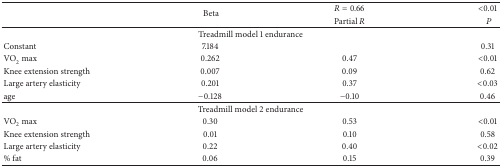
<table><thead><tr><td><b> </b></td><td rowspan="2"><b> Beta</b></td><td><b><i>R</i> = 0.66</b></td><td><b>&lt;0.01</b></td></tr><tr><td><b> </b></td><td><b> Partial <i>R</i></b></td><td><b><i>P</i></b></td></tr></thead><tbody><tr><td colspan="4">Treadmill model 1 endurance</td></tr><tr><td>Constant</td><td> 7.184</td><td> </td><td> 0.31</td></tr><tr><td>VO<sub>2</sub> max</td><td> 0.262</td><td> 0.47</td><td> &lt;0.01</td></tr><tr><td>Knee extension strength</td><td> 0.007</td><td> 0.09</td><td> 0.62</td></tr><tr><td>Large artery elasticity</td><td> 0.201</td><td> 0.37</td><td> &lt;0.03</td></tr><tr><td>age</td><td> −0.128 </td><td> −0.10</td><td> 0.46</td></tr><tr><td colspan="4">Treadmill model 2 endurance</td></tr><tr><td>VO<sub>2</sub> max</td><td> 0.30</td><td> 0.53</td><td> &lt;0.01</td></tr><tr><td>Knee extension strength</td><td> 0.01</td><td> 0.10</td><td> 0.58</td></tr><tr><td>Large artery elasticity</td><td> 0.22</td><td> 0.40</td><td> &lt;0.02</td></tr><tr><td>% fat</td><td> 0.06</td><td> 0.15</td><td> 0.39</td></tr></tbody></table>